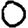
Digit: 0